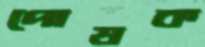
পোষক